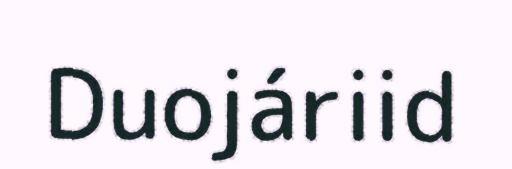
Duojáriid